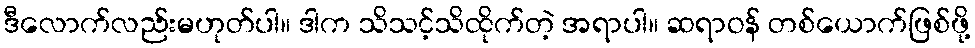
ဒီလောက်လည်းမဟုတ်ပါ။ ဒါက သိသင့်သိထိုက်တဲ့ အရာပါ။ ဆရာဝန် တစ်ယောက်ဖြစ်ဖို့